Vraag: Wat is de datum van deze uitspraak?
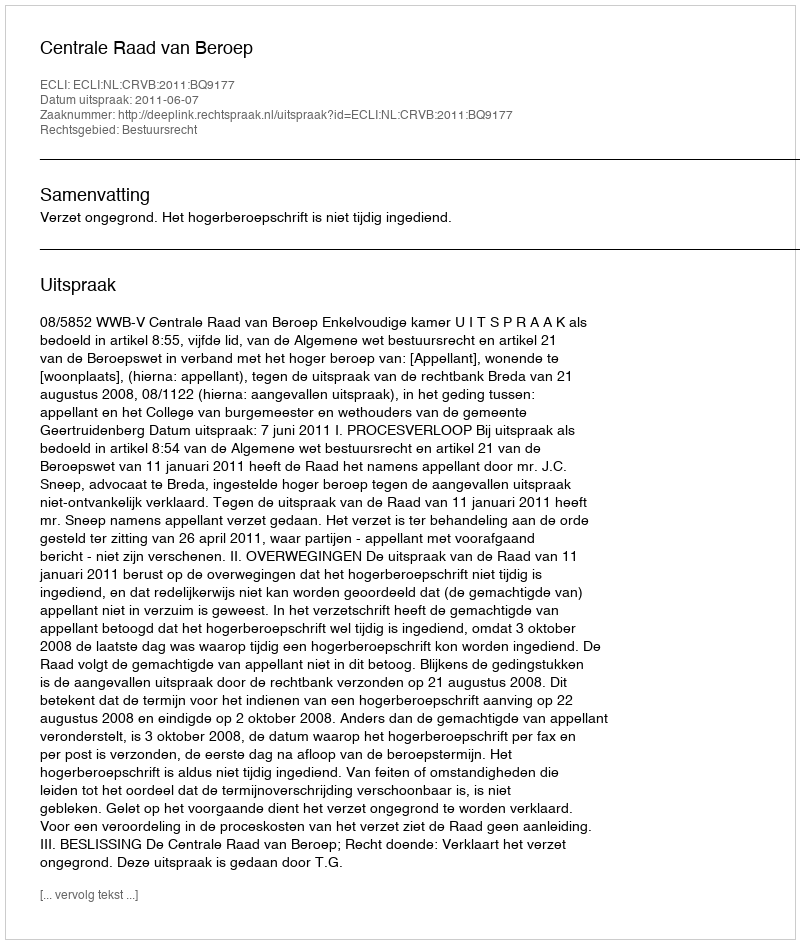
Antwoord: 2011-06-07